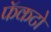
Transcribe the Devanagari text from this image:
फॅकटो